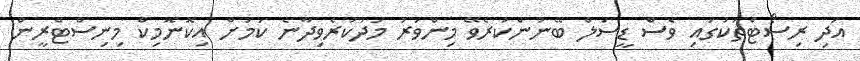
އަދި ރިސޯޓްތަކުގައި ވެސް ޑީސަލް ބޭނުންކުރެވޭ މިންވަރު މަދުކުރެވިދާނެ ކަމަށް އިކޮނޮމިކް މިނިސްޓްރީން